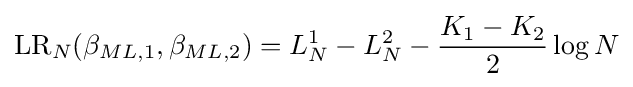
\operatorname {LR} _{N}(\beta _{ML,1},\beta _{ML,2})=L_{N}^{1}-L_{N}^{2}-{\frac {K_{1}-K_{2}}{2}}\log N